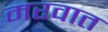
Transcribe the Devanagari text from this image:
मरवात